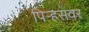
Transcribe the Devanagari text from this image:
पिर्‍हसवर